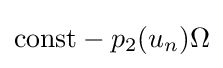
\mathrm {const} -p_{2}(u_{n})\Omega